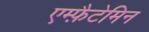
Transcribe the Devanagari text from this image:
एम्फ़ैटेमिन